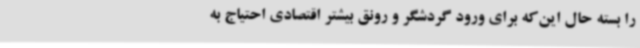
را بسته حال این‌که برای ورود گردشگر و رونق بیشتر اقتصادی احتیاج به